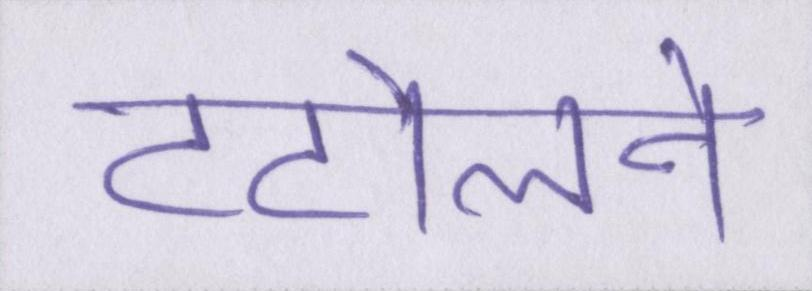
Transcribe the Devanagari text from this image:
टटोलने